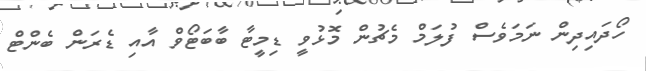
ހޯދައިދިން ނަމަވެސް ފުލަމް މެޗުން މޮޅުވީ ޑިމީޓާ ބާބަޓޯވް އާއި ޑެރަން ބެންޓް